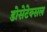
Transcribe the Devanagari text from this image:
डोसेटेक्सल